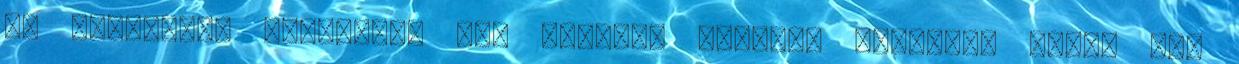
és katolikus testvérek ezt teszik: sürget. Sürgetve lenni sem